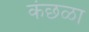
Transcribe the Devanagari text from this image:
कंछळा